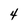
Character: 4